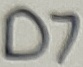
Text: D7